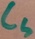
Text: CS